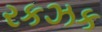
રકઝક